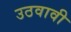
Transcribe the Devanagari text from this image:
उठवावी